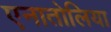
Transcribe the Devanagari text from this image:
एनातोलिया